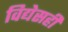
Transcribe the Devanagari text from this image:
विद्येसही